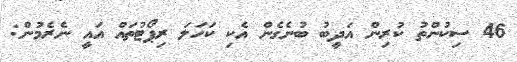
46 ސިކުންތު ކުރިން އަދީބު ބުނެގެން އެކި ކަހަލަ ރިޕޯޓުތައް އައީ ނެރެމުން: